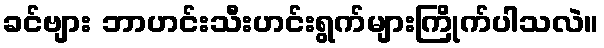
ခင်ဗျား ဘာဟင်းသီးဟင်းရွက်များကြိုက်ပါသလဲ။